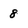
Character: 8